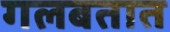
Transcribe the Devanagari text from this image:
गलबतात